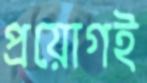
প্রয়োগই